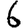
Digit: 6